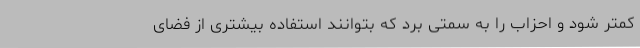
کمتر شود و احزاب را به سمتی برد که بتوانند استفاده بیشتری از فضای